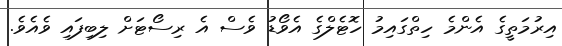
އިރުމަތީގެ އެންމެ ހިތްގައިމު ހޮޓެލްގެ އެވޯޑު ވެސް އެ ރިސޯޓަށް ލިބިފައި ވެއެވެ.